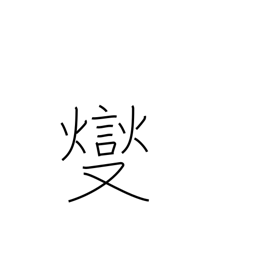
Meaning: boil over low heat